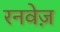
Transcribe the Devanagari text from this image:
रनवेज़